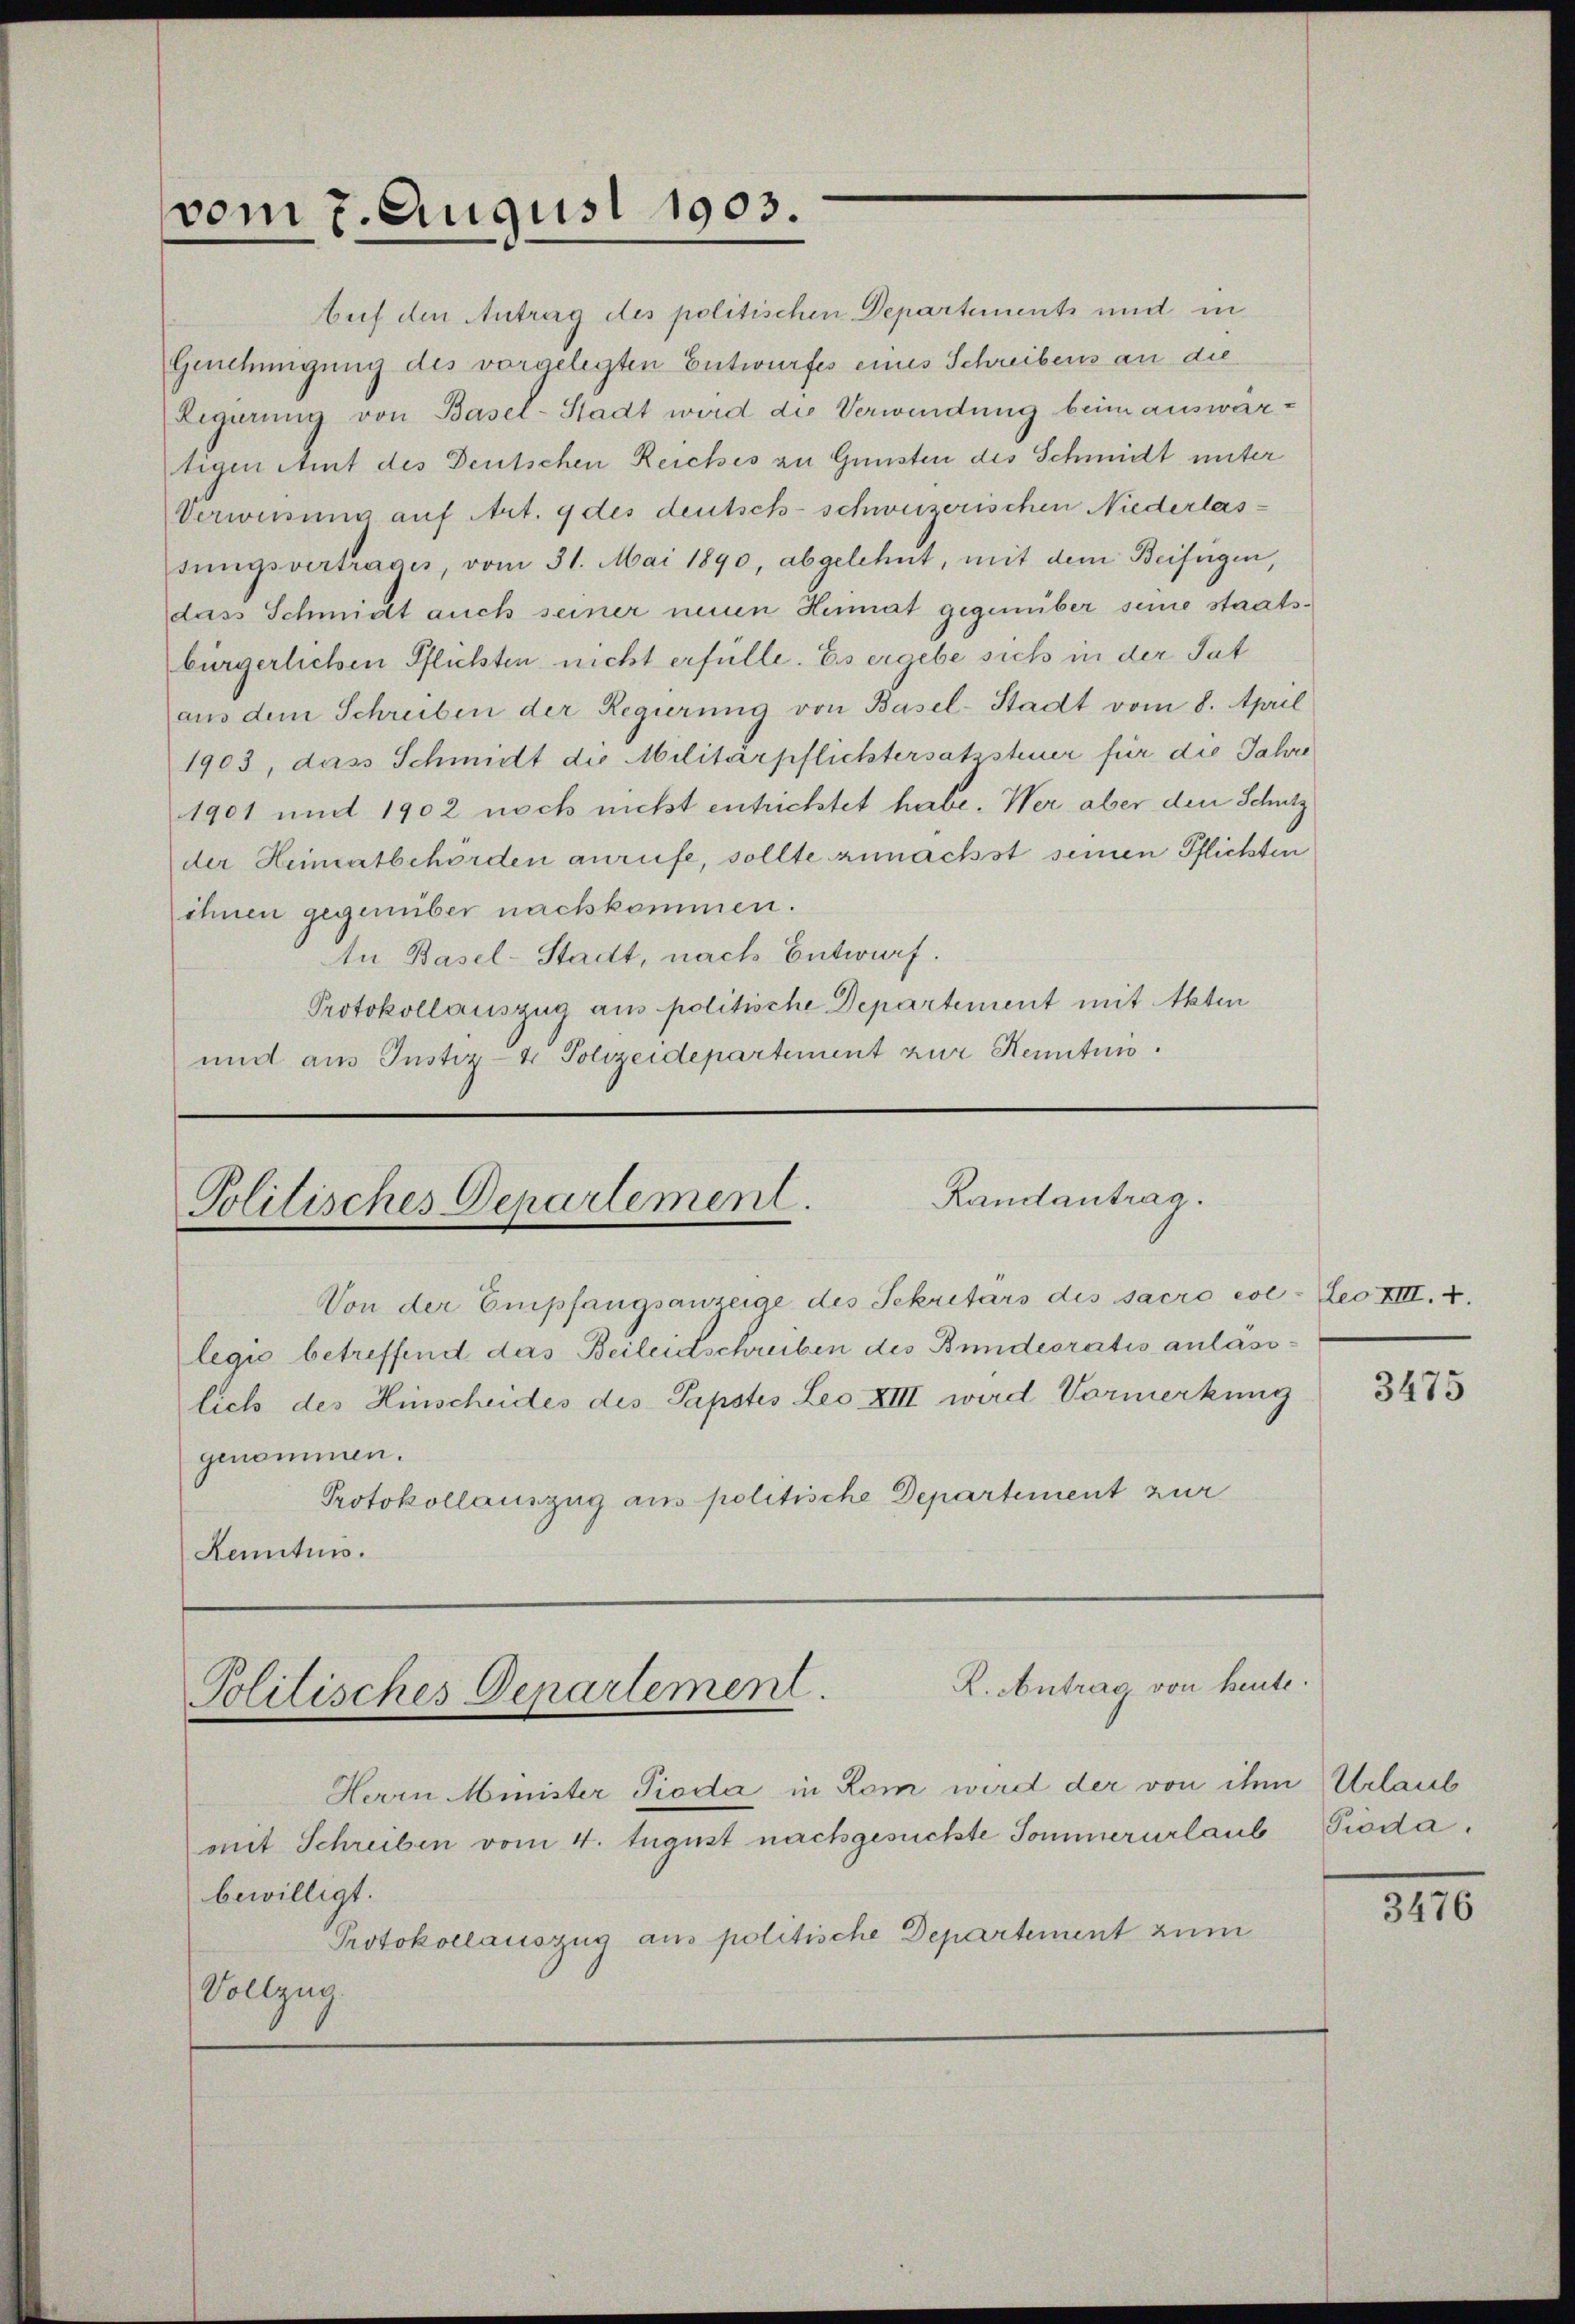
vom 7. August 1903.

Auf den Antrag des politischen Departements und in
Genehmigung des vorgelegten Entwurfes eines Schreibens an die
Legerŭng von Basel-Stadt wird die Verwendung beim auswartigen Amt des Deutschen Reiches zu Gunsten des Schmidt unter
Verweisung auf Art. 9 des deutsch-schweizerischen Niederlassŭngsvertrage, vom 31. Mai 1890, abgelehnt, mit dem Beifügen,
dass Schmitt auch seiner neuen Heimat gegenüber seine staatsbürgerlichen Pflichten nicht erfülle. Es ergebe sich in der Tat
aus dem Schreiben der Regierung von Basel-Stadt vom 8. April
1903, das Schmidt die Militärpflichtersatzsteuer für die Jahre
1901 und 1902 noch nicht entrichtet habe. Wer aber den Schutz
der Heimatbehörden anrufe, sollte zunächst seinen Pflichten
ihnen gegenüber nachkommen.
An Basel-Stadt, nach Entwurf.
Protokollauszug aus politische Departement mit Akten
und aus Justiz- & Polizeidepartement zur Kenntnis.

Randantrag.
d
Politisches Departement.
Von der Empfangsanzeige des Sekretars des sacro ese- Leo VIII. 2.
legio betreffend das Beileidschreiben des Bundesratis anlässlich des Hinscheides des Papstes Leo XVIII wird Vormerkung

genommen.
Protokollauszug aus politische Departement zur
Kenntnis.

R. Antrag von heute.
Politisches Departement.

Herrn Minister Pioda in Rom wird der von ihm Urlaub
mit Schreiben vom 4. August nachgesuchte Sommerurlaub Pioda,
bewilligt.
Protokollauszug aus politische Departement zum
Vollzug.

3475

3476